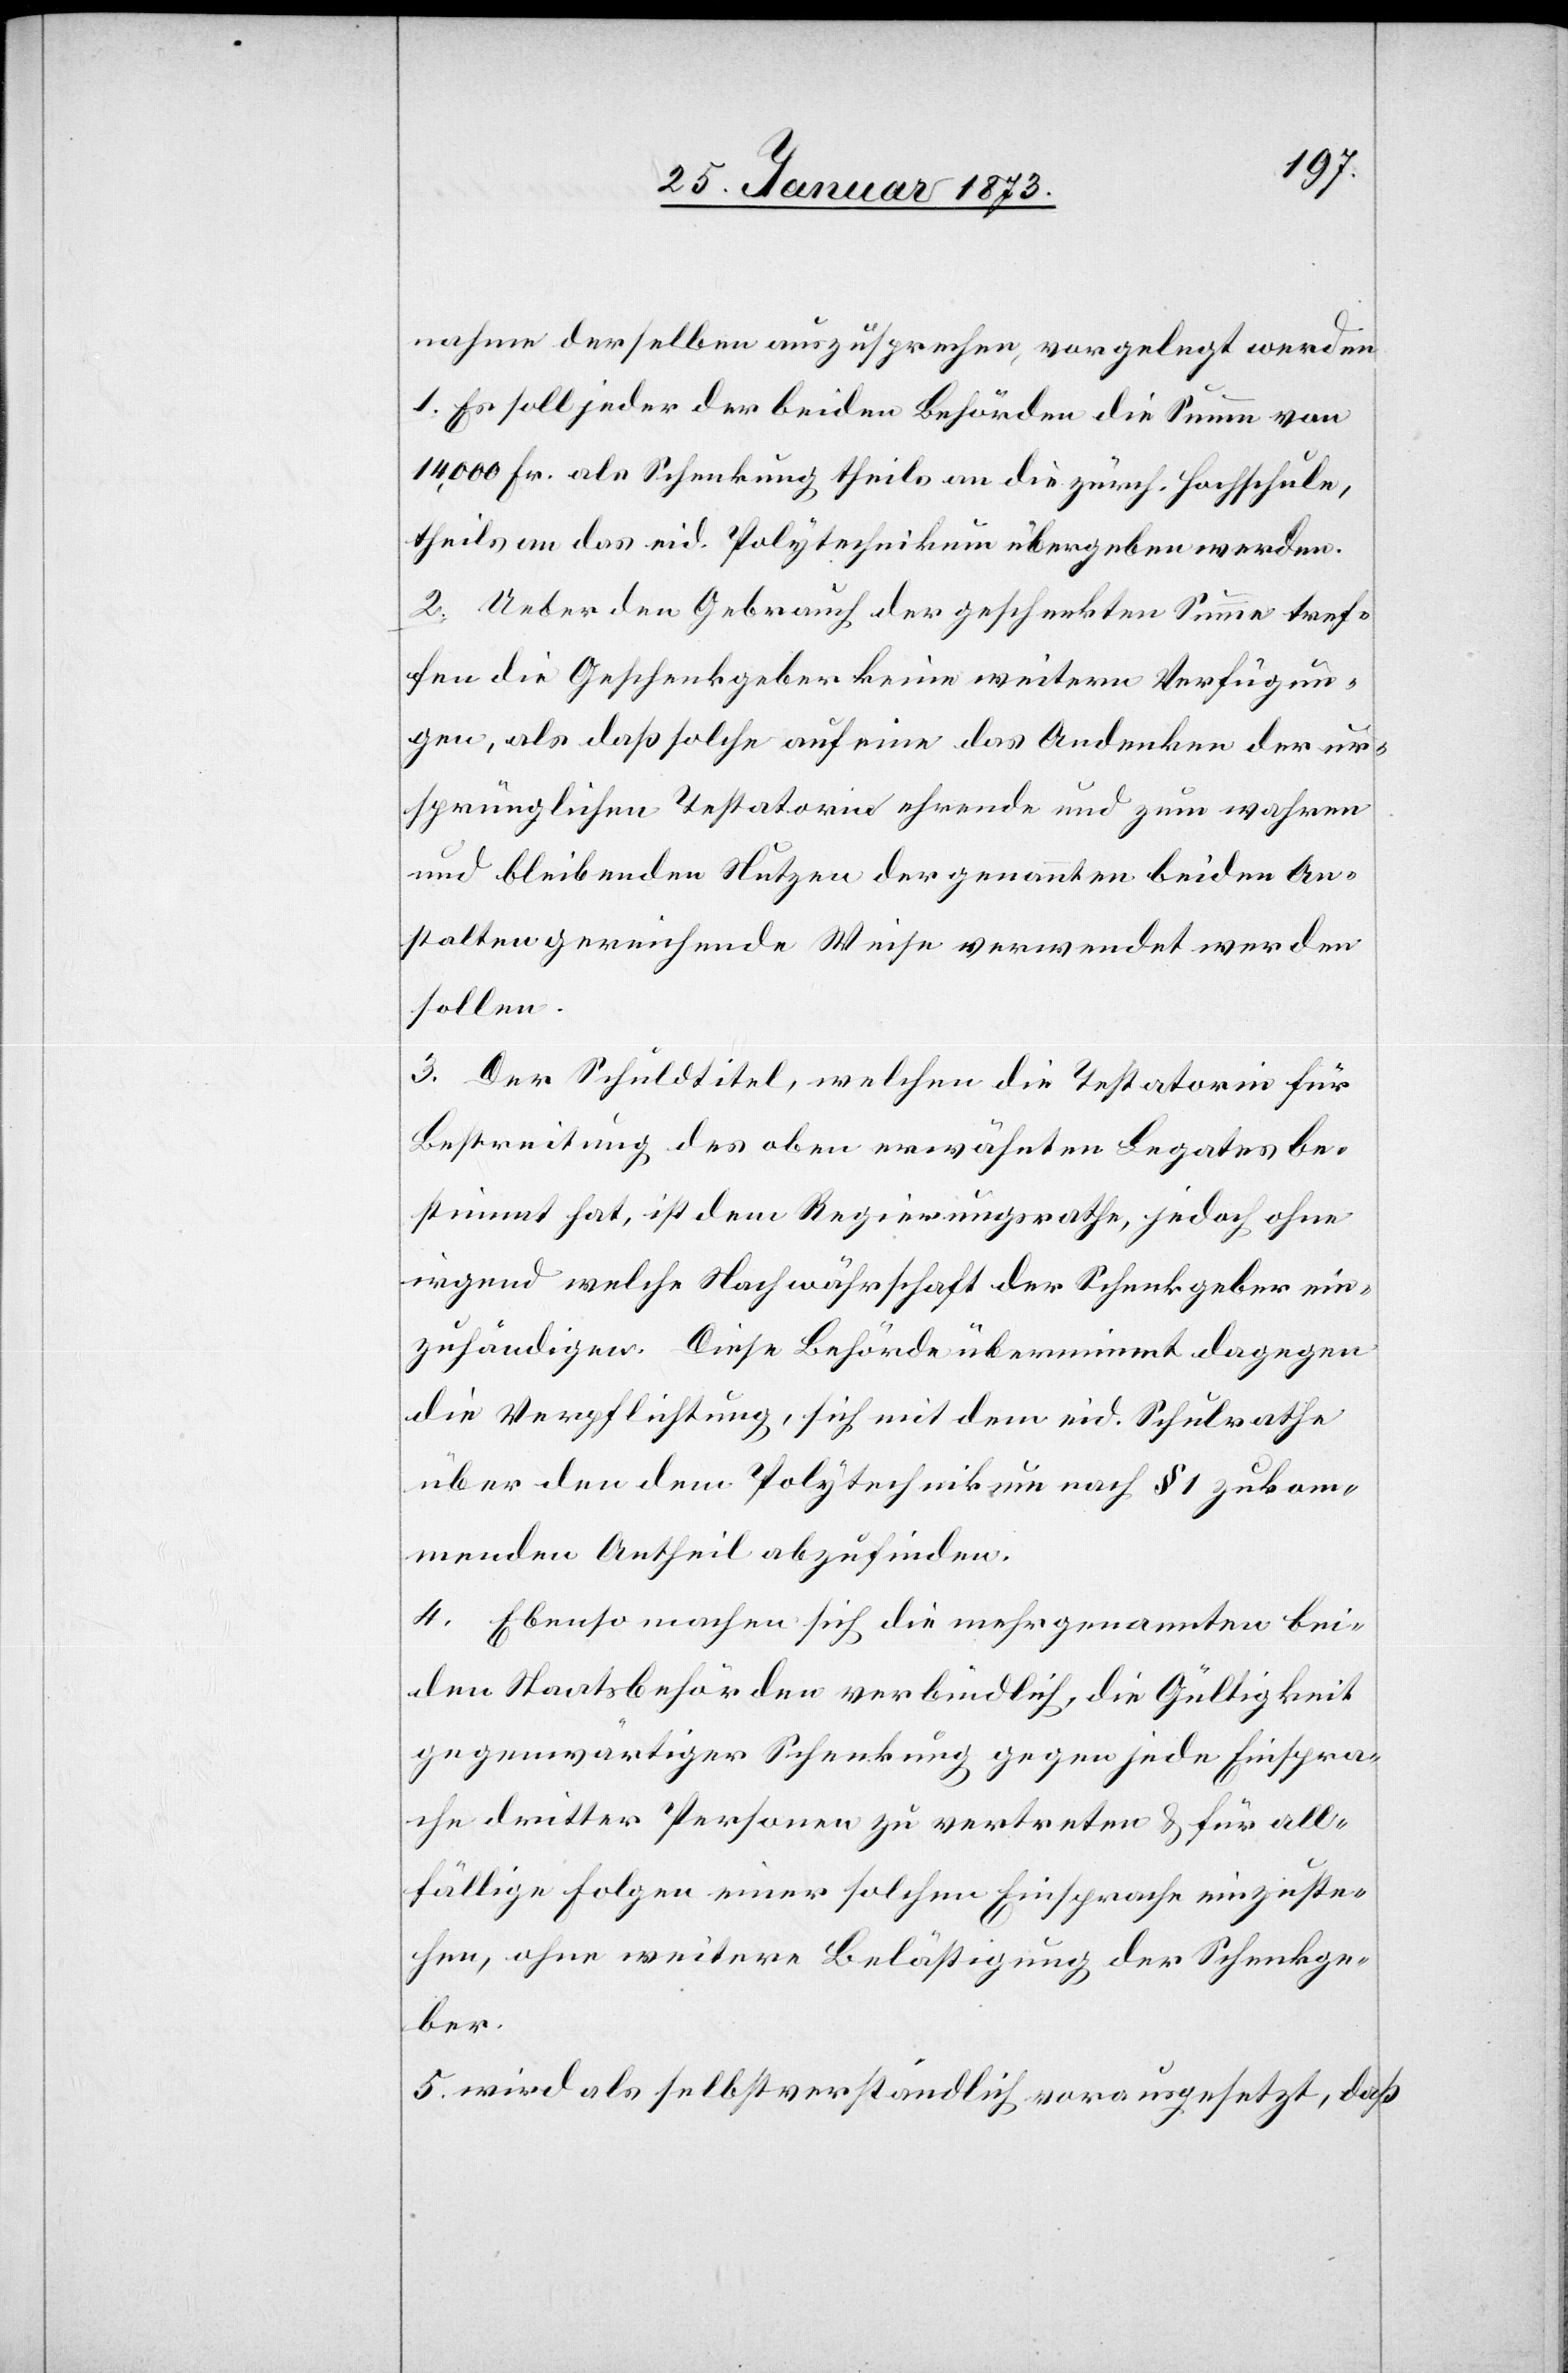
nahme derselben auszusprechen, vorgelegt werden.
1. Es soll jeder der beiden Behörden die Summe von
14,000 Fr. als Schenkung theils an die zürch. Hochschule,
theils an das eid. Polytechnikum übergeben werden.
2. Ueber den Gebrauch der geschenkten Summe tref¬
fen die Geschenkgeber keine weitere Verfügun¬
gen, als daß solche auf eine das Andenken der ur¬
sprünglichen Testatorin ehrende und zum wahren
und bleibenden Nutzen der genannten beiden An¬
stalten gereichende Weise verwendet werden
sollen.
3. Der Schuldtitel, welchen die Testatorin für
Bestreitung des oben erwähnten Legates be¬
stimmt hat, ist dem Regierungsrathe, jedoch ohne
irgend welche Nachwährschaft der Schenkgeber ein¬
zuhändigen. Diese Behörde übernimmt dagegen
die Verpflichtung, sich mit dem eid. Schulrathe
über den dem Polytechnikum nach § 1 zukom¬
menden Antheil abzufinden.
4. Ebenso machen sich die mehrgenannten bei¬
den Staatsbehörden verbindlich, die Gültigkeit
gegenwärtiger Schenkung gegen jede Einspra¬
che dritter Personen zu vertreten u. für all¬
fällige Folgen einer solchen Einsprache einzuste¬
hen, ohne weitere Belästigung der Schenkge¬
ber.
5. wird als selbstverständlich vorausgesetzt, daß